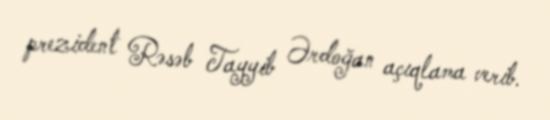
prezident Rəsəb Tayyib Ərdoğan açıqlama verib.